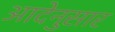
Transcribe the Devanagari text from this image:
आदेनुसार